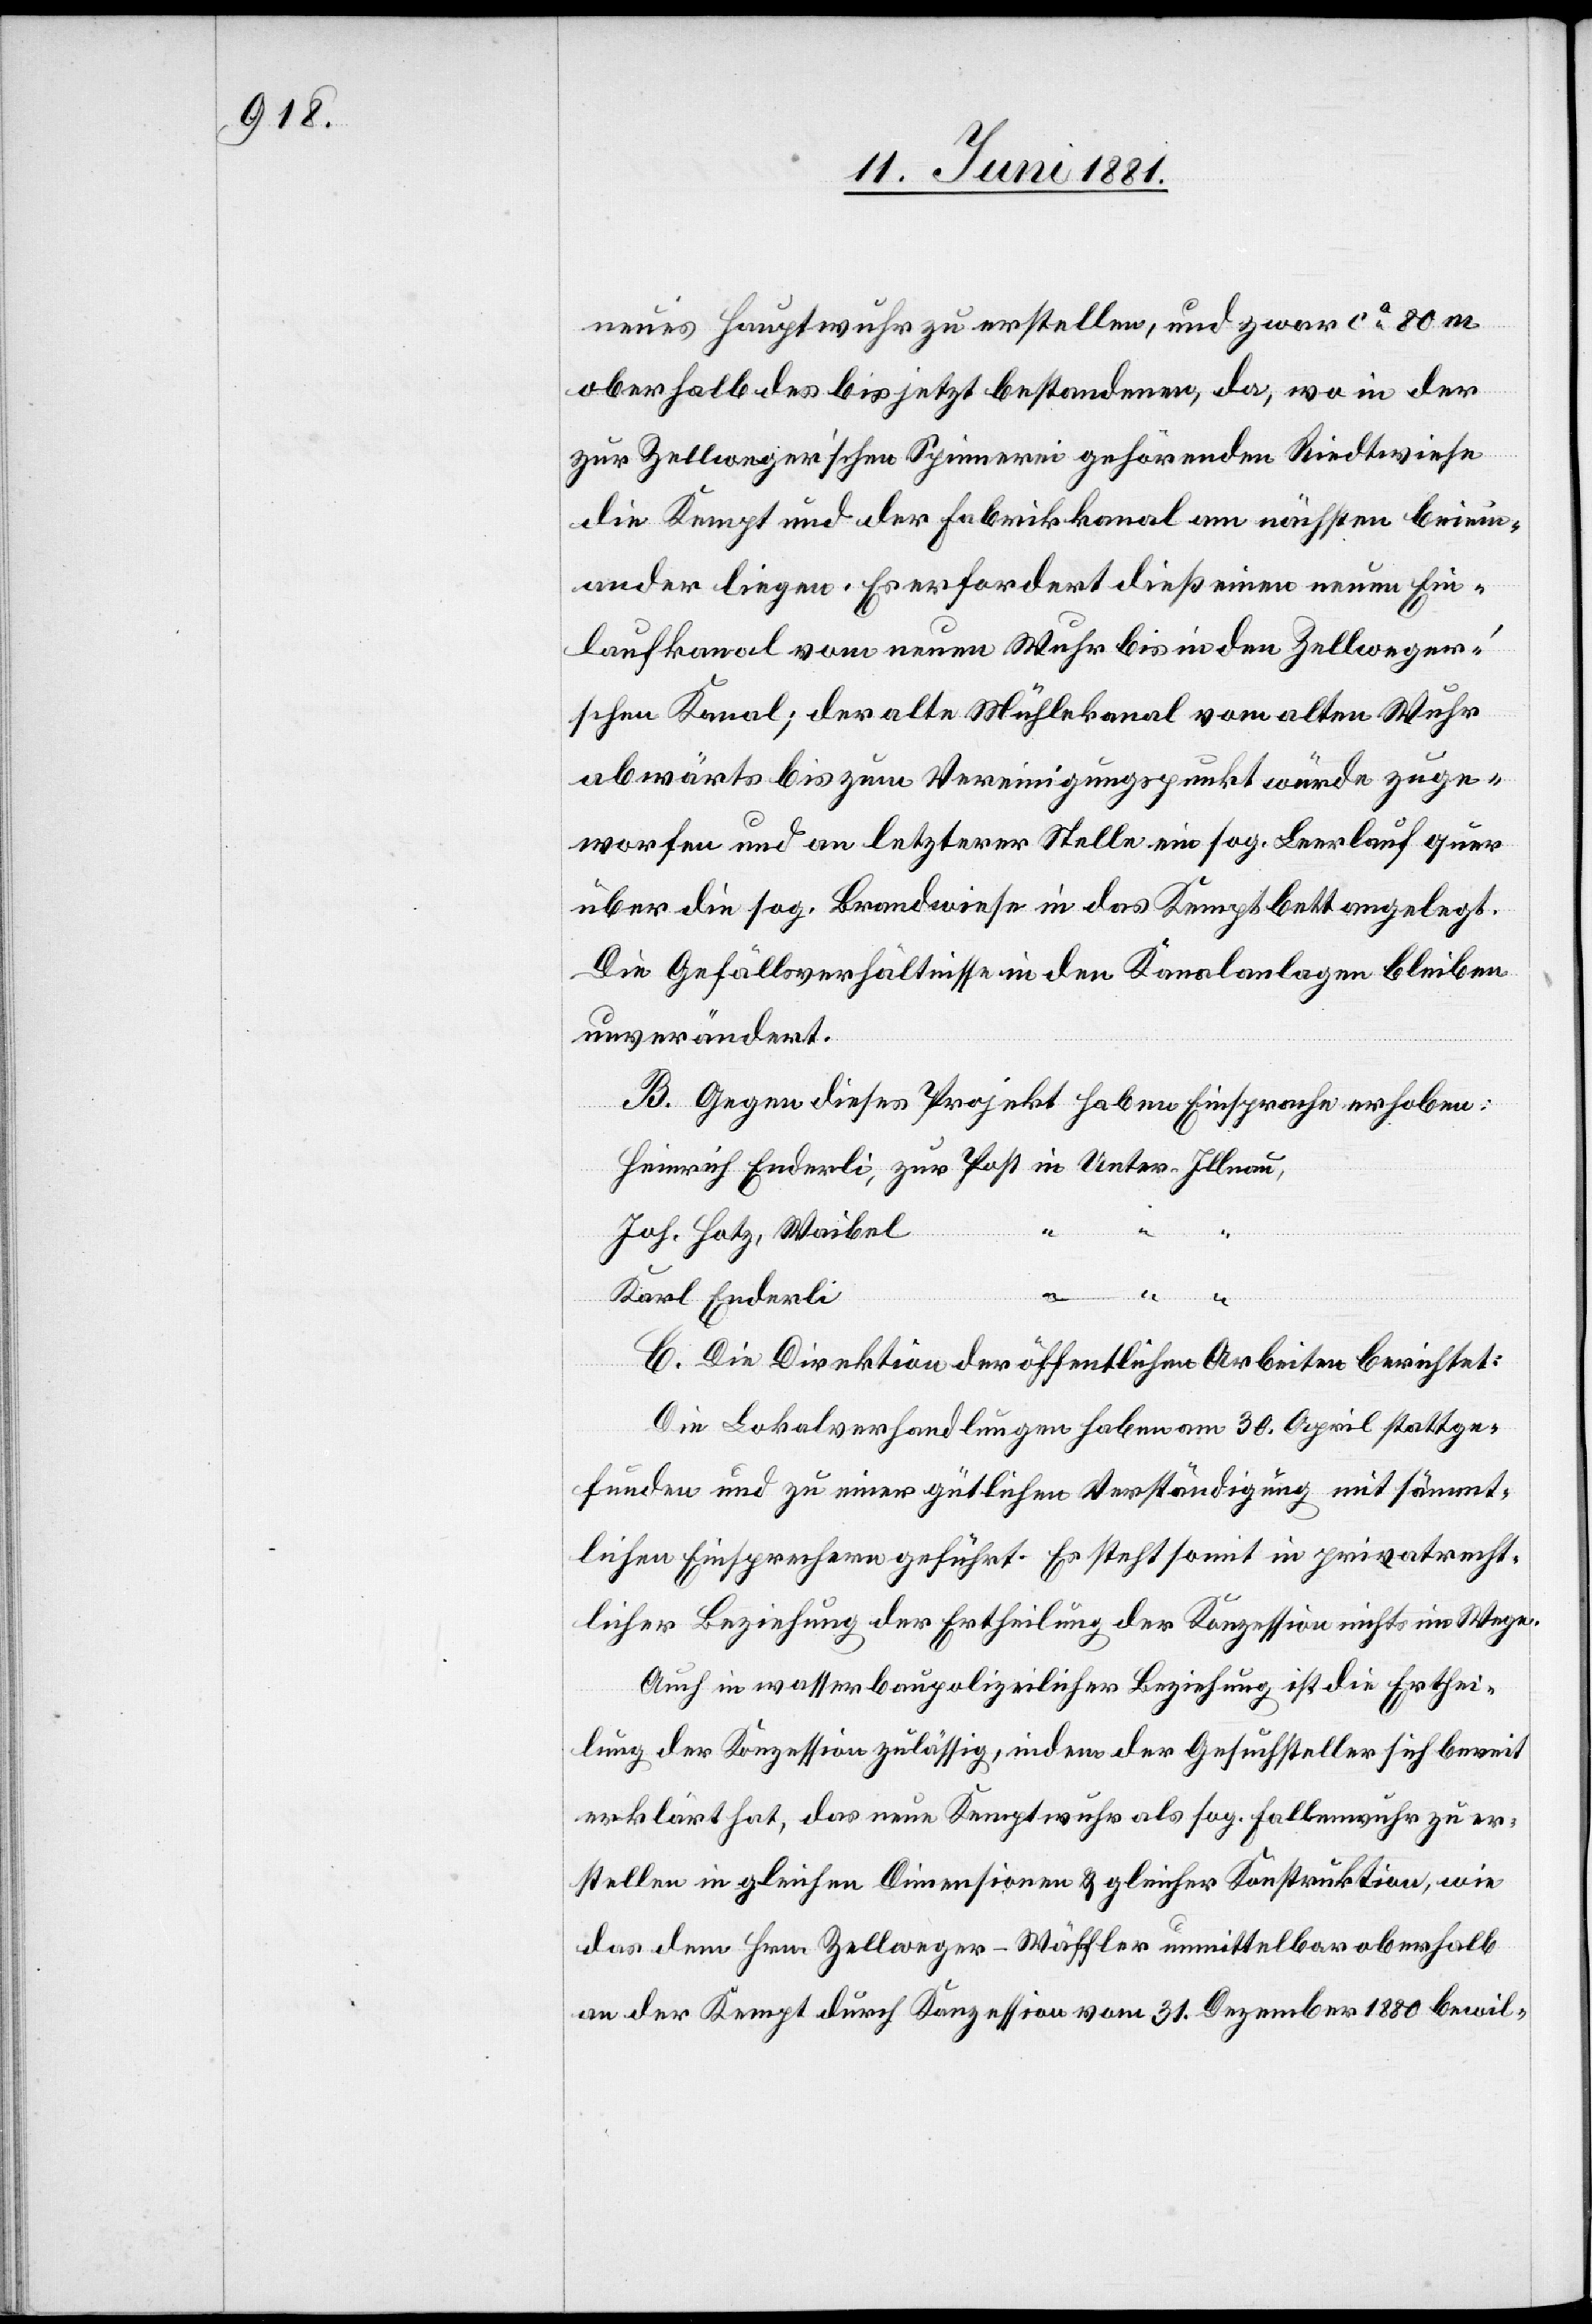
neues Hauptwuhr zu erstellen, und zwar ca 80 m
oberhalb des bis jetzt bestehenden, da, wo in der
zur Zellweger’schen Spinnerei gehörenden Riedtwiese
die Kempt und der Fabrikkanal am nächste beiein¬
ander liegen. Es erfordert dieß einen neuen Ein¬
laufkanal vom neuen Wuhr bis in den Zellweger’s¬
chen Kanal; der alte Mühlekanal vom alten Wuhr
abwärts bis zum Vereinigungspunkt würde zuge¬
worfen und an letzterer Stelle ein sog. Leerlauf quer
über die sog. Brandwiese in das Kemptbett angelegt.
Die Gefällsverhältnisse in den Kanalanlagen bleiben
unverändert.
B. Gegen dieses Projekt haben Einsprachen erhoben:
Heinrich Enderli, zur Post in Unter-Illnau
“
“
Joh. Hotz, Waibel
Karl Enderli
C. Die Direktion der öffentlichen Arbeiten berichtet:
Die Lokalverhandlungen haben am 30. April stattge¬
funden und zu einer gütlichen Verständigung mit sämmt¬
lichen Einsprechern geführt. Es steht somit in privatrecht¬
licher Beziehung der Ertheilung der Konzession nichts im Wege.
Auch in wasserbaupolizeilicher Beziehung ist die Erthei¬
lung der Konzession zulässig, indem der Gesuchsteller sich bereit
erklärt hat, das neue Kemptwuhr als sog. Fallenwuhr zu er¬
stellen in gleichen Dimensionen & gleicher Konstruktion , wie
das dem Hrn. Zellweger-Wäffler unmittelbar oberhalb
an der Kempt durch Konzession vom 31. Dezember 1880 bewil-